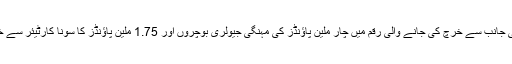
زمیرہ کی جانب سے خرچ کی جانے والی رقم میں چار ملین پاؤنڈز کی مہنگی جیولری بوچروں اور 1.75 ملین پاؤنڈز کا سونا کارٹیئر سے خریدا گیا۔